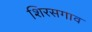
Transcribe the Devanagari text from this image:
शिरसगाव